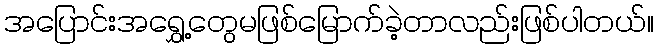
အပြောင်းအရွှေ့တွေမဖြစ်မြောက်ခဲ့တာလည်းဖြစ်ပါတယ်။